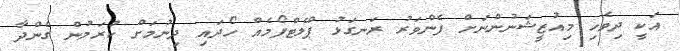
އަކީ ދިވެހި މިއުޒީޝަނުންނަށް ފެންވަރު ރަނގަޅު ޕްލެޓްފޯމެއް ހޯދައި ދިނުމަށް ކުރަމުން ގެންދާ